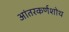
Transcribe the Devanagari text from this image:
आंतरकर्णशोथ